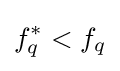
f_{q}^{*}<f_{q}